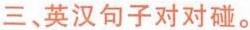
三、英汉句子对对碰.